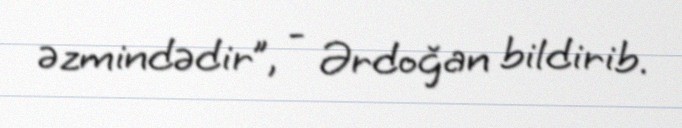
əzmindədir”, - Ərdoğan bildirib.